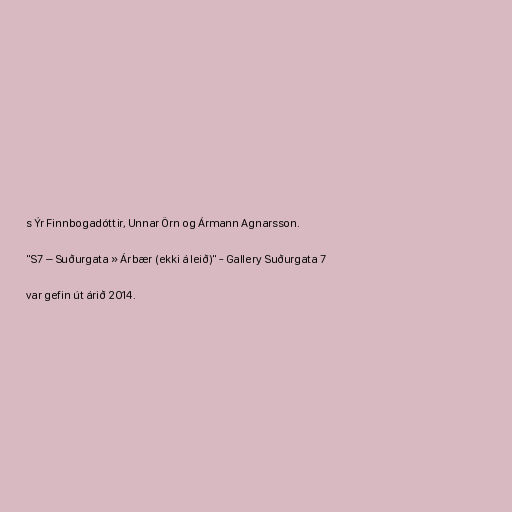
s Ýr Finnbogadóttir, Unnar Örn og Ármann Agnarsson.

"S7 – Suðurgata » Árbær (ekki á leið)" - Gallery Suðurgata 7

var gefin út árið 2014.